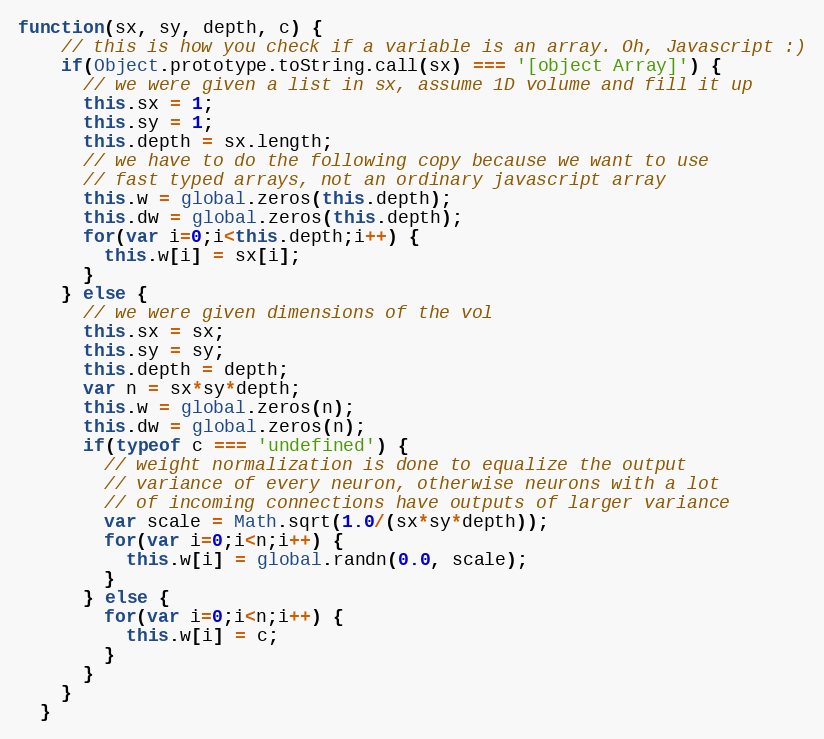
Language: JavaScript
function(sx, sy, depth, c) {
    // this is how you check if a variable is an array. Oh, Javascript :)
    if(Object.prototype.toString.call(sx) === '[object Array]') {
      // we were given a list in sx, assume 1D volume and fill it up
      this.sx = 1;
      this.sy = 1;
      this.depth = sx.length;
      // we have to do the following copy because we want to use
      // fast typed arrays, not an ordinary javascript array
      this.w = global.zeros(this.depth);
      this.dw = global.zeros(this.depth);
      for(var i=0;i<this.depth;i++) {
        this.w[i] = sx[i];
      }
    } else {
      // we were given dimensions of the vol
      this.sx = sx;
      this.sy = sy;
      this.depth = depth;
      var n = sx*sy*depth;
      this.w = global.zeros(n);
      this.dw = global.zeros(n);
      if(typeof c === 'undefined') {
        // weight normalization is done to equalize the output
        // variance of every neuron, otherwise neurons with a lot
        // of incoming connections have outputs of larger variance
        var scale = Math.sqrt(1.0/(sx*sy*depth));
        for(var i=0;i<n;i++) {
          this.w[i] = global.randn(0.0, scale);
        }
      } else {
        for(var i=0;i<n;i++) {
          this.w[i] = c;
        }
      }
    }
  }